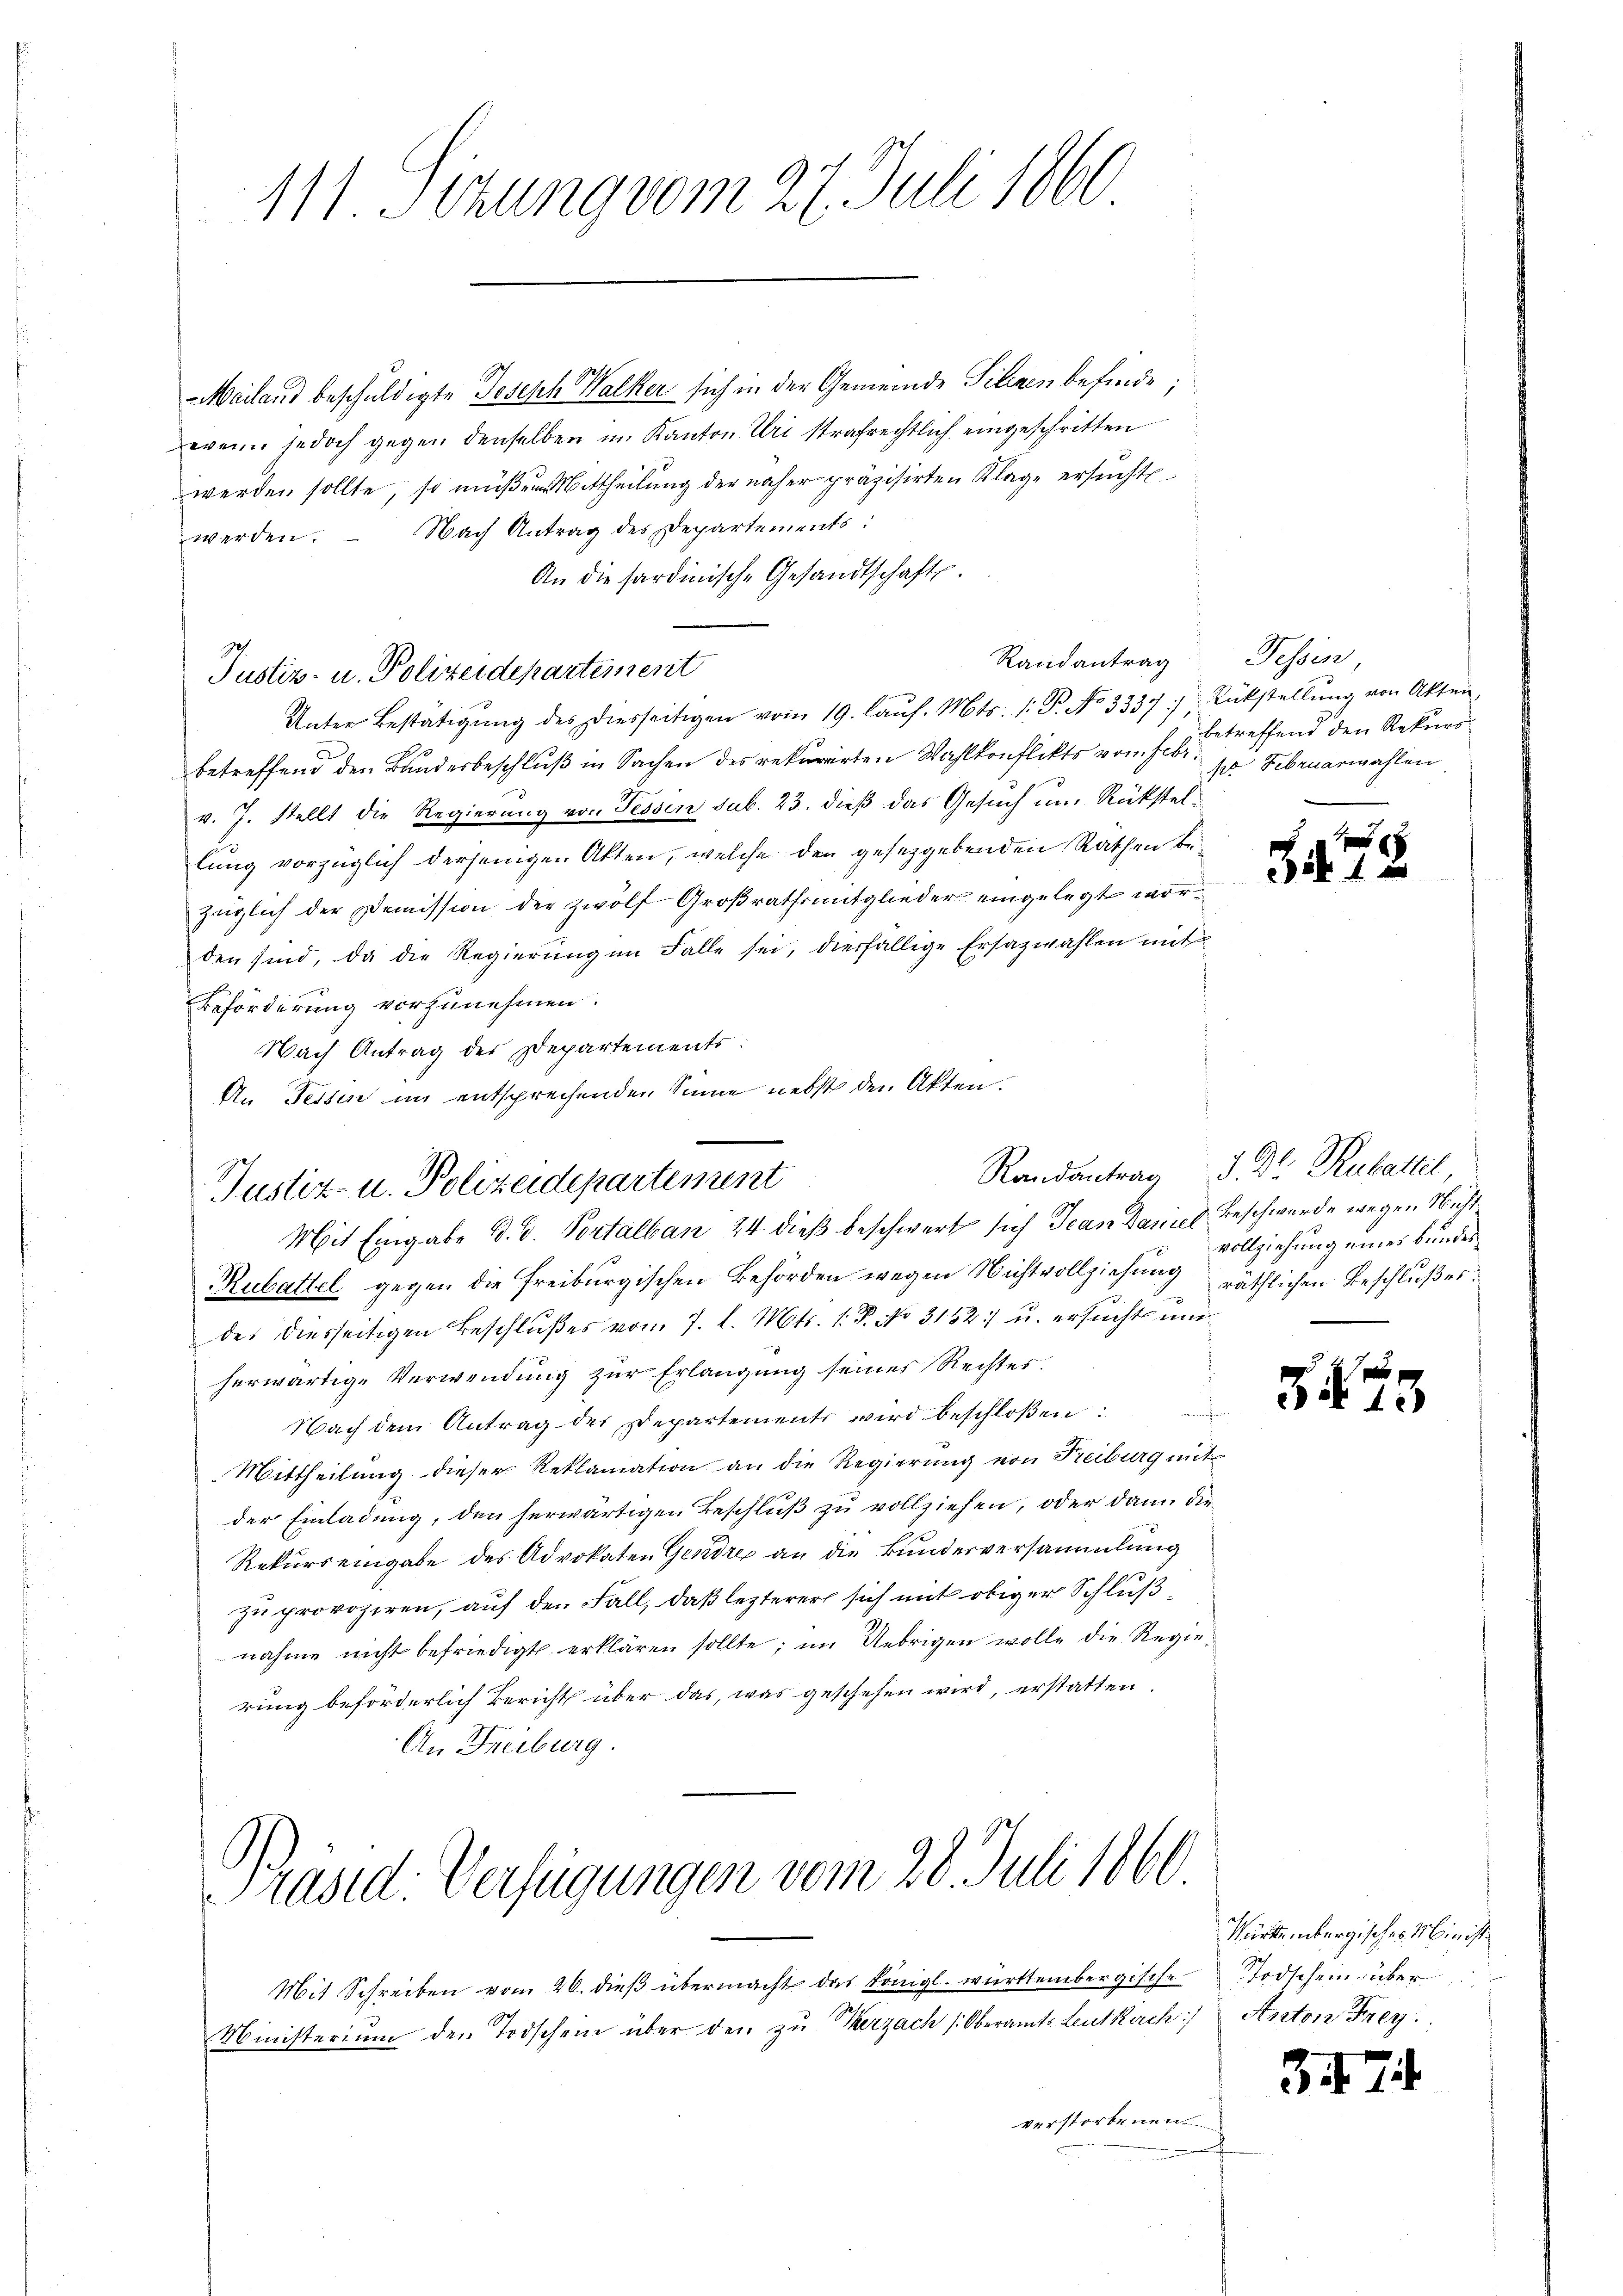
Mailand beschuldigte Joseph Walker sich in der Gemeinde Filzen befinde
wenn jedoch gegen denselben im Kanton Uri strafrechtlich eingeschritten
werden sollte, so müßen Mittheilung der näher präzisirten Klage ersucht.
werden. Nach Antrag des Departements:
An die sardinische Gesandtschaft.
Randantrag
Unter Bestätigŭng des Diesseitigen vom 19. laŭf. Mts. 1. P. No 3337/ Rückstellŭng von Akten,
betreffend den Bundesbeschluß in Sachen des rekurirten Wahlkonflikts von F. B. betreffend den Rekurs
v. J. stellt die Regierung von Tessen sub. 23. dieß das Gesuch um Rückstellung vorzüglich derjenigen Akten, welche den gesetzgebenden Räthen bezüglich der Demission der Zwölf Großrathsmitglieder eingelegt worden sind, da die Regierŭng in Falle sei, diesfällige Ersazwahlen mit
Beförderung vorzunehmen.
Nach Antrag des Departements:
An Tessin im entsprechenden Sinne nebst den Akten.

111. Setzung vom 27. Juli 1860

Justiz- u. Polizeidepartement

Justiz- u. Polizeidepartement
Mit Eingabe d. d. Portalban 24 dieß beschwert sich Jean Daniel Beschwerde wegen Nicht

Präsid. Verfügungen vom 28. Juli 1860

Mit Schreiben vom 26. dieβ übermacht das königl. württembergische Todschein über

Tessin
se Februarwahlen

ubattel gegen die Freiburgischen Behörden wegen Nichtvollziehung räthlichen Beschlußes.
des diesseitigen Beschlußes vom 7. d. Mts. 1. P. No. 3152) u. ersucht und
herwärtige Verwendung zur Erlangung seiner Rechtes.
Nach dem Antrag des Departements wird beschloßen:
Mittheilung dieser Reklamation an die Regierung von Freiburg mit
der Einladung, den herwärtigen Beschluß zu vollziehen, oder dann die¬
Rekurrengabe des Advokaten Gendre an die Bundesversammlung
10
zu provoziren, auf den Fall, daß lezterer sich mit obiger Schlußnahme nicht befriedigt erklären sollte; im Uebrigen wolle die Regierung beförderlich Bericht über das, was geschehen wird, erstatten.
An Freiburg.

Ministerium den Todschein über den zŭ Terzach (Oberamts Leutkirch Anton Frey.
verstorbenen
.

e

Randantrag d. Dr. Rabattel,
vollziehung eines bundes

s
34

Würtembergisches Minist

34

e